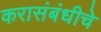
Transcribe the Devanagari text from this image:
करासंबंधीचे